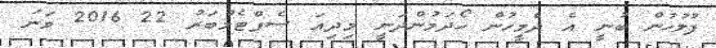
ފުލުހުން ބުނީ އެ ދެމީހުން ހޯދަމުންދަނީ މިދިއަ ސެޕްޓެމްބަރު 22 2016 ވަނަ